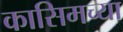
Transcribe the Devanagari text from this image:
कासिमच्या